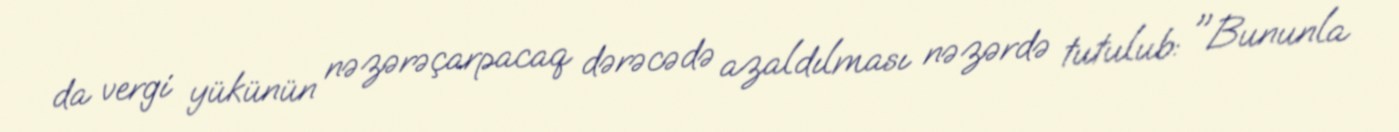
da vergi yükünün nəzərəçarpacaq dərəcədə azaldılması nəzərdə tutulub: "Bununla